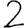
Digit: 2